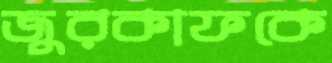
জুরকাফকে